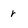
Character: r